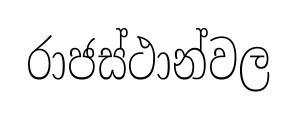
රාජස්ථාන්වල